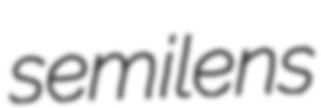
semilens